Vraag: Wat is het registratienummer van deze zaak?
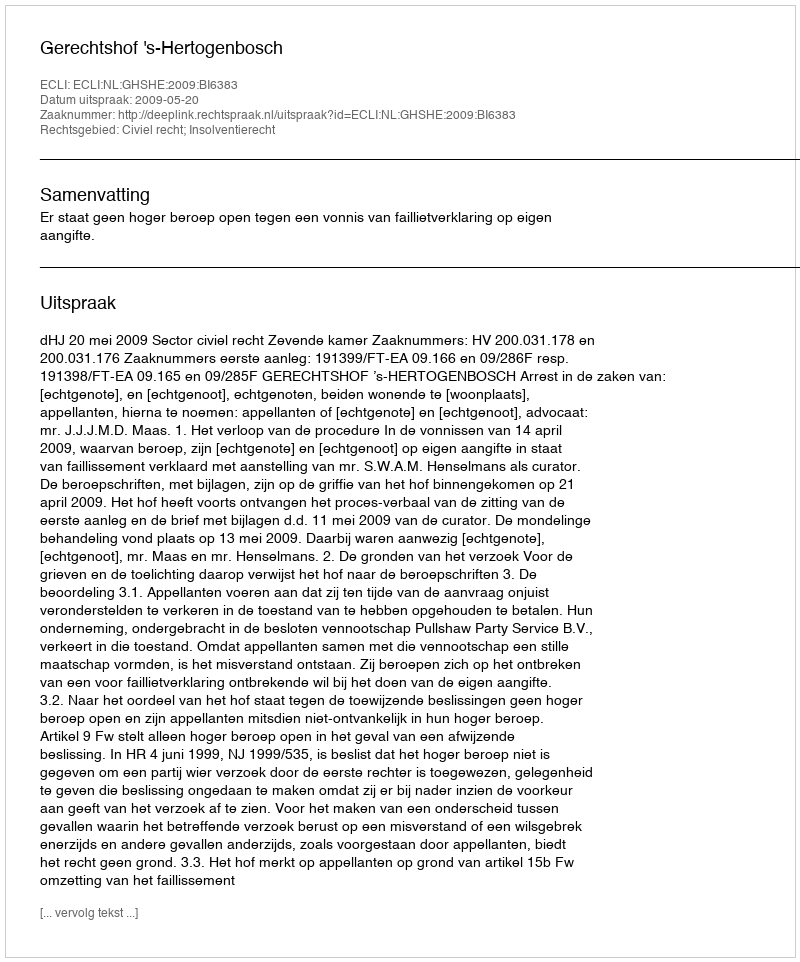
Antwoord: http://deeplink.rechtspraak.nl/uitspraak?id=ECLI:NL:GHSHE:2009:BI6383